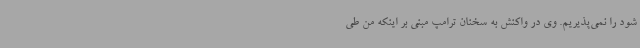
شود را نمی‌پذیریم. وی در واکنش به سخنان ترامپ مبنی بر اینکه من طی